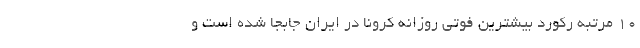
10 مرتبه رکورد بیشترین فوتی روزانه کرونا در ایران جابجا شده است و